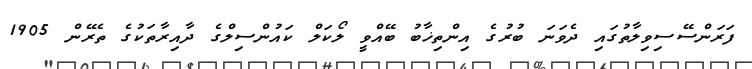
ފަރަންސޭސިވިލާތުގައި ދެވަނަ ބުރުގެ އިންތިޚާބު ބޭއްވީ ލޯކަލް ކައުންސިލްގެ ދާއިރާތަކުގެ ތެރޭން 1905